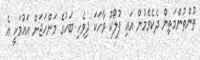
ތުންތުންމަތިން ދެކެވެމުން އައި ފުލޯކު ވާހަކަ ދިވެހި ބަހުގެ މަންހަޖަށް އައުމަކީ އެ